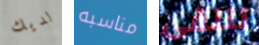
لديك مناسبه تتلقى